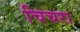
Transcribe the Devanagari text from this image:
चिचरा